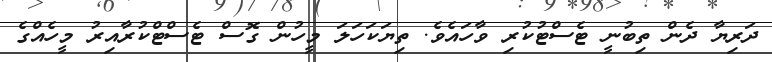
ދަރިޔާ ދެން ތިބުނީ ޓެސްޓުކުރި ވާހައެވެ. ތިޔަކަހަލަ މީހުން ގޮސް ޓެސްޓްކުރާއިރު މީހެއްގެ